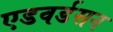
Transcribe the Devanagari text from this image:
एडवर्डसन